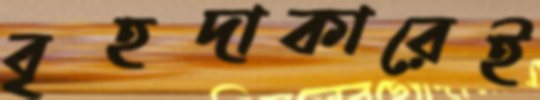
বৃহদাকারেই